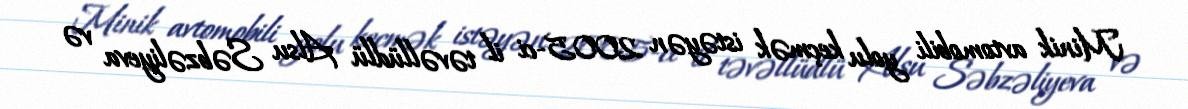
Minik avtomobili yolu keçmək istəyən 2005-ci il təvəllüdlü Alsu Səbzəliyeva və